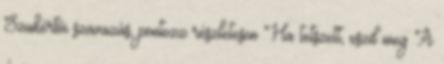
Szakértői szavazás, pontozz részletesen Ha tetszett, oszd meg A